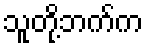
သူတို့ဘက်က